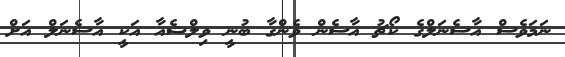
ނަމަވެސް އާސެނަލްގެ ކޯޗު އާސެން ވެންގާ ބުނީ ވިލްޝެއާ އަކީ އާސެނަލް އަށް